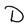
Character: D